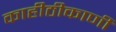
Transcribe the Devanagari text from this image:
काहीठीकाणी